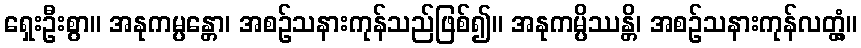
ရှေးဦးစွာ။ အနုကမ္ပန္တော၊ အစဉ်သနားကုန်သည်ဖြစ်၍။ အနုကမ္ပိဿန္တိ၊ အစဉ်သနားကုန်လတ္တံ့။